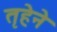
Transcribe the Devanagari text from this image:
तृहेने